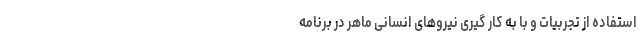
استفاده از تجربیات و با به کار گیری نیرو‌های انسانی ماهر در برنامه